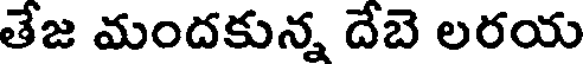
తేజ మందకున్న దేబె లరయ